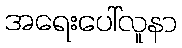
အရေးပေါ်လူနာ